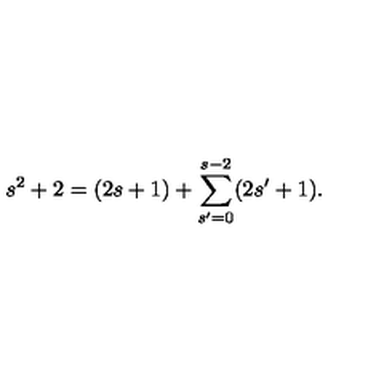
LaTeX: s ^ { 2 } + 2 = ( 2 s + 1 ) + \sum _ { s ^ { \prime } = 0 } ^ { s - 2 } ( 2 s ^ { \prime } + 1 ) .